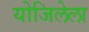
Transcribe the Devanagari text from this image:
योजिलेला